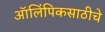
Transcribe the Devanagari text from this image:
ऑलिंपिकसाठीचे